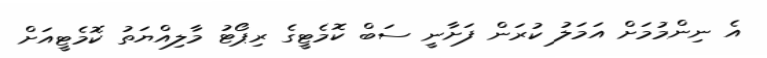
އެ ނިންމުމަށް އަމަލު ކުރަން ފަށާނީ ސަބް ކޮމެޓީގެ ރިޕޯޓު މާލިއްޔަތު ކޮމެޓީއަށް